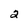
Character: 2